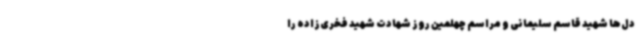
دل‌ها شهید قاسم سلیمانی و مراسم چهلمین روز شهادت شهید فخری‌زاده را